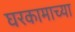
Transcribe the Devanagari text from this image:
घरकामाच्या